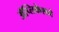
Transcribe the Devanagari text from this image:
ॲप्लिकेशने